Report on vaccination in Madras 1904-1921 - 1904-1921
Year: 1904
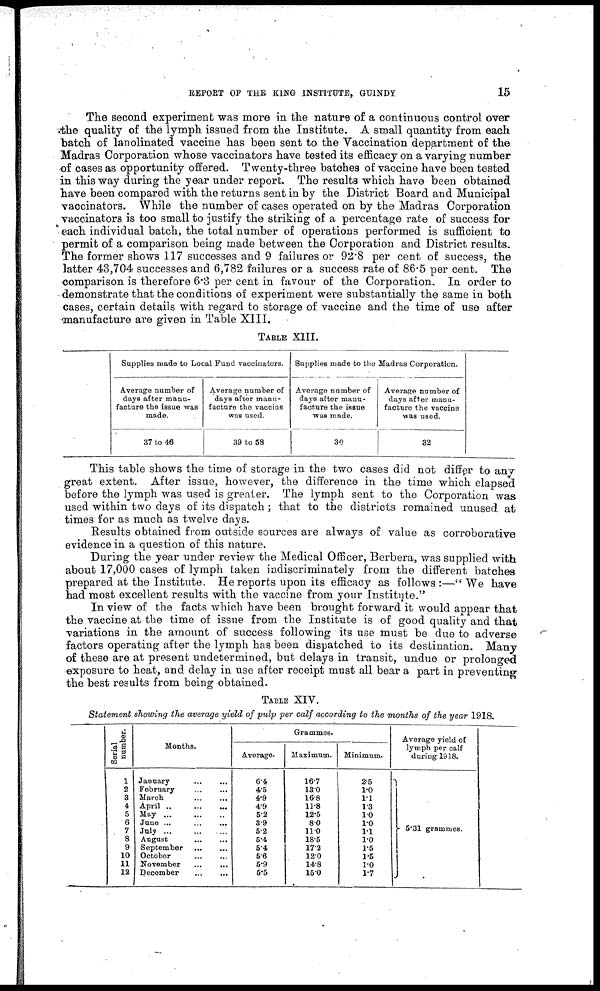
REPORT OF THE KING INSTITUTE, GUINDY
15
The second experiment was more in the nature of a continuous control over
the quality of the lymph issued from the Institute. A small quantity from each
batch of lanolinated vaccine has been sent to the Vaccination department of the
Madras Corporation whose vaccinators have tested its efficacy on a varying number
of cases as opportunity offered. Twenty-three batches of vaccine have been tested
in this way during the year under report. The results which have been obtained
have been compared with the returns sent in by the District Board and Municipal
vaccinators. While the number of cases operated on by the Madras Corporation
vaccinators is too small to justify the striking of a percentage rate of success for
each individual batch, the total number of operations performed is sufficient to
permit of a comparison being made between the Corporation and District results.
The former shows 117 successes and 9 failures or 92.8 per cent of success, the
latter 43,704 successes and 6,782 failures or a success rate of 86.5 per cent. The
comparison is therefore 6.3 per cent in favour of the Corporation. In order to
demonstrate that the conditions of experiment were substantially the same in both
cases, certain details with regard to storage of vaccine and the time of use after
manufacture are given in Table XIII.
TABLE XIII.
Supplies made to Local Fund vaccinators.
Average number of
days after manu-
facture the issue was
made.
37 to 46
Average number of
days after manu-
facture the vaccine
was used.
39 to 58
Supplies made to the Madras Corporation.
Average number of
days after manu-
facture the issue
was made.
30
Average number of
days after manu-
facture the vaccine
was used.
32
This table shows the time of storage in the two cases did not differ to any
great extent. After issue, however, the difference in the time which elapsed
before the lymph was used is greater. The lymph sent to the Corporation was
used within two days of its dispatch; that to the districts remained unused at
times for as much as twelve days.
Results obtained from outside sources are always of value as corroborative
evidence in a question of this nature.
During the year under review the Medical Officer, Berbera, was supplied with
about 17,000 cases of lymph taken indiscriminately from the different batches
prepared at the Institute. He reports upon its efficacy as follows :—" We have
had most excellent results with the vaccine from your Institute."
In view of the facts which have been brought forward it would appear that
the vaccine at the time of issue from the Institute is of good quality and that
variations in the amount of success following its use must be due to adverse
factors operating after the lymph has been dispatched to its destination. Many
of these are at present undetermined, but delays in transit, undue or prolonged
exposure to heat, and delay in use after receipt must all bear a part in preventing
the best results from being obtained.
TABLE XIV.
Statement showing the average yield of pulp per calf according to the months of the year 1918.
Serial
number.
1
2
3
4
5
6
7
8
9
10
11
12
Months.
January... ... ... ...
February... ... ...
...
March... ... ... ...
April... ... ... ...
May... ... ... ...
June... ... ... ...
July..
...
...
...
August... ... ... ...
September... ... ... ...
October... ... ... ...
November
...
...
December... ... ... ...
Grammes.
Average.
6.4
4.5
4.9
4.9
5.2
3.9
5.2
5.4
5.4
5.6
5.9
5.5
Maximum.
16.7
13.0
16.8
11.8
12.5
8.0
11.0
18.5
17.2
12.0
14.8
15.0
Minimum.
2.5
1.0
1.1
1.3
1.0
1.0
1.1
1.0
1.5
1.5
1.0
1.7
Average yield of
lymph per calf
during 1918.
5.31 grammes.